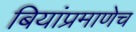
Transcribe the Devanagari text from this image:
बियांप्रमाणेच